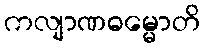
ကလျာဏဓမ္မောတိ